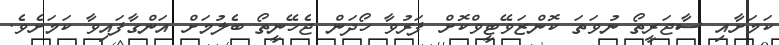
ކަމަށާއި ސާޖަރީތޯ ނުވަތަ ކޮންޒަވޭޓީވްކޮށް ފަރުވާ ހޯދަން ޖެހޭނީތޯ ބެލުމަށް އަންގާފައިވާ ކަމަށެވެ.